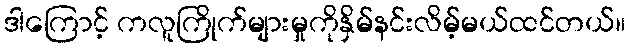
ဒါကြောင့် ကလူကြိုက်များမှုကိုနှိမ်နင်းလိမ့်မယ်ထင်တယ်။